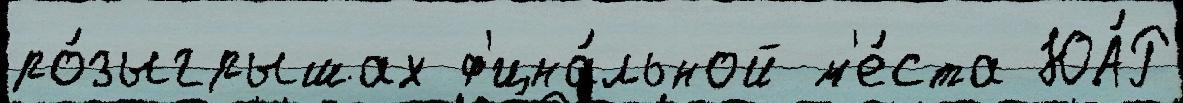
ро́зыгрышах ф'ина́льной м'е́ста ЮА́Р